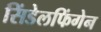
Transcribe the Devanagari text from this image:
सिंडेलफिंगेन